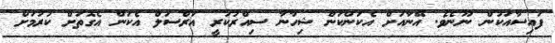
ފައިސާއަކުން ނޫނެވެ. އޭނާއަށް އެކަންކަން ޝިހާނާ ސިއްރުކުރީ އަރްސަލް އެކަން އެގޮތަށް ކުރުމަށް